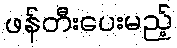
ဖန်တီးပေးမည့်